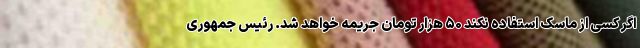
اگر کسی از ماسک استفاده نکند ۵۰ هزار تومان جریمه خواهد شد. رئیس جمهوری